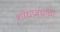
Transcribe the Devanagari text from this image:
शोधप्रबंधांचा